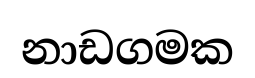
නාඩගමක